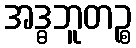
အဒ္ဓဘူတဉ္စ